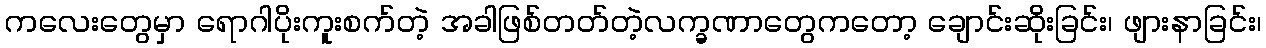
ကလေးတွေမှာ ရောဂါပိုးကူးစက်တဲ့ အခါဖြစ်တတ်တဲ့လက္ခဏာတွေကတော့ ချောင်းဆိုးခြင်း၊ ဖျားနာခြင်း၊